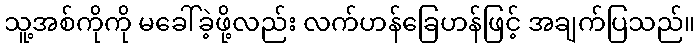
သူ့အစ်ကိုကို မခေါ်ခဲ့ဖို့လည်း လက်ဟန်ခြေဟန်ဖြင့် အချက်ပြသည်။